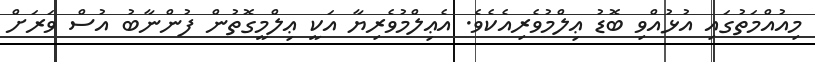
މިއުއްމަތުގައި އުޅުއްވި ބޮޑު ޢިލްމުވެރިއެކެވެ. އެޢިލްމުވެރިޔާ އަކީ ޢިލްމީގޮތުން ފުންނާބު އުސް ވަރަށް